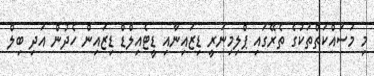
މި މަސައްކަތްތަކުގެ ތެރޭގައި ޕްލިމިނަރީ ޑިޒައިނާއި ޑީޓެއިލްޑް ޑިޒައިން ހެދުން އަދި ބިލް